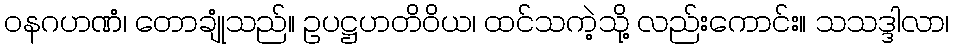
ဝနဂဟဏံ၊ တောချုံသည်။ ဥပဋ္ဌဟတိဝိယ၊ ထင်သကဲ့သို့ လည်းကောင်း။ သသဒ္ဒါလာ၊